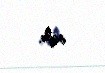
edir.